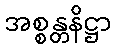
အစ္စန္တနိဋ္ဌာ